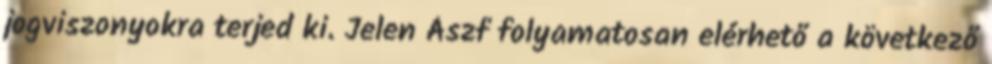
jogviszonyokra terjed ki. Jelen Ászf folyamatosan elérhető a következő